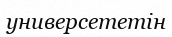
универсететін